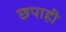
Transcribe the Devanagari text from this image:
छपाही